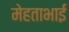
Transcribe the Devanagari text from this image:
मेहताभाई